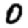
Digit: 0